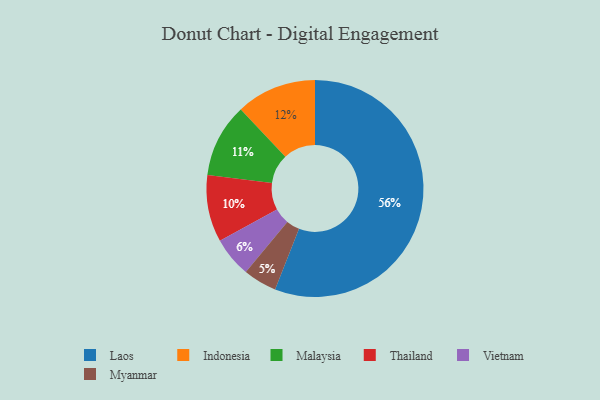
{"axis": {"x": "Category", "y": "Percentage"}, "legend": ["Indonesia", "Laos", "Malaysia", "Myanmar", "Thailand", "Vietnam"], "data": [{"x": "Malaysia", "y": 11, "type": "Malaysia"}, {"x": "Indonesia", "y": 12, "type": "Indonesia"}, {"x": "Thailand", "y": 10, "type": "Thailand"}, {"x": "Myanmar", "y": 5, "type": "Myanmar"}, {"x": "Laos", "y": 56, "type": "Laos"}, {"x": "Vietnam", "y": 6, "type": "Vietnam"}]}